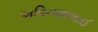
અવિનાશભાઈ